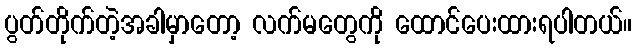
ပွတ်တိုက်တဲ့အခါမှာတော့ လက်မတွေကို ထောင်ပေးထားရပါတယ်။